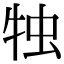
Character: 𤙕